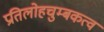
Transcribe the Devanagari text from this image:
प्रतिलोहचुम्बकत्व